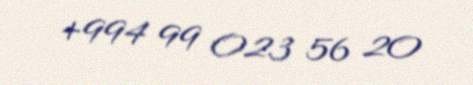
+994 99 023 56 20